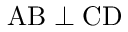
\mathrm { A B \perp C D }